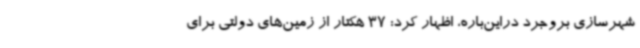
شهرسازی بروجرد دراین‌باره، اظهار کرد: 37 هکتار از زمین‌های دولتی برای